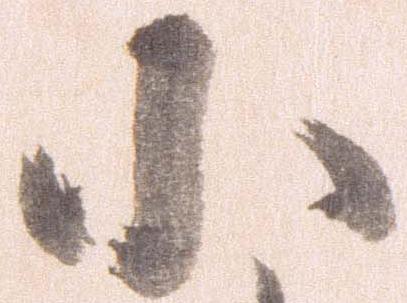
小